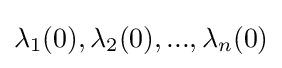
{\textstyle \lambda _{1}(0),\lambda _{2}(0),...,\lambda _{n}(0)}